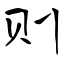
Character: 则